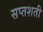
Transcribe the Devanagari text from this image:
सप्‍तशती